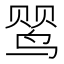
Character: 𬸕